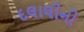
દલાલીની